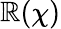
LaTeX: \mathbb{R}(\chi)